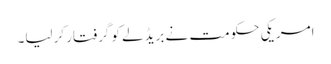
امریکی حکومت نے بریڈلے کو گرفتار کرلیا۔